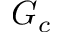
G _ { c }